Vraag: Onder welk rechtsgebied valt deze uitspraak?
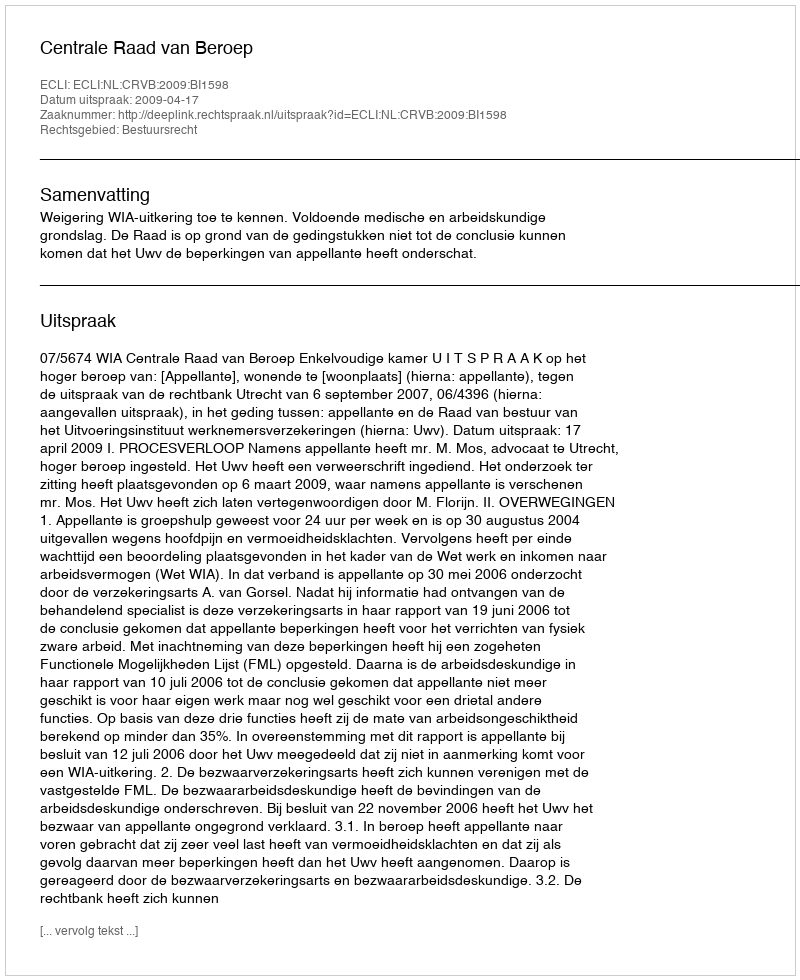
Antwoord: Bestuursrecht